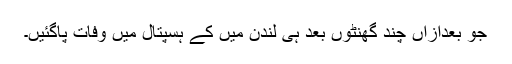
جو بعدازاں چند گھنٹوں بعد ہی لندن میں کے ہسپتال میں وفات پاگئیں۔